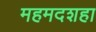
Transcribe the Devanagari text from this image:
महमदशहा